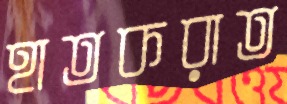
হাতকরাত